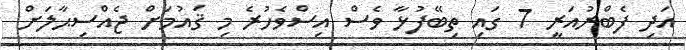
އަދި ފެބްރުއަރީ 7 ގައި ތިބޭފުޅާ ވެސް އިސްވެހުރެ މި ޤައުމަށް ޖެއްސިޙާލަށް